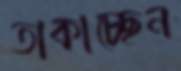
তাকাচ্ছেন